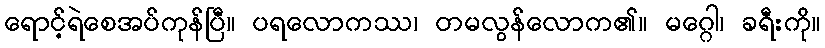
ရောင့်ရဲစေအပ်ကုန်ပြီ။ ပရလောကဿ၊ တမလွန်လောက၏။ မဂ္ဂေါ၊ ခရီးကို။